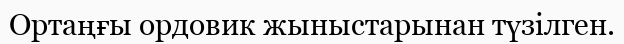
Ортаңғы ордовик жыныстарынан түзілген.